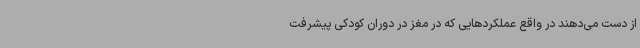
از دست می‌دهند در واقع عملکردهایی که در مغز در دوران کودکی پیشرفت